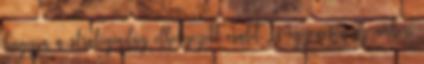
hagyja a stratégiailag elhelyezett csalit, és egyenesen az emberi